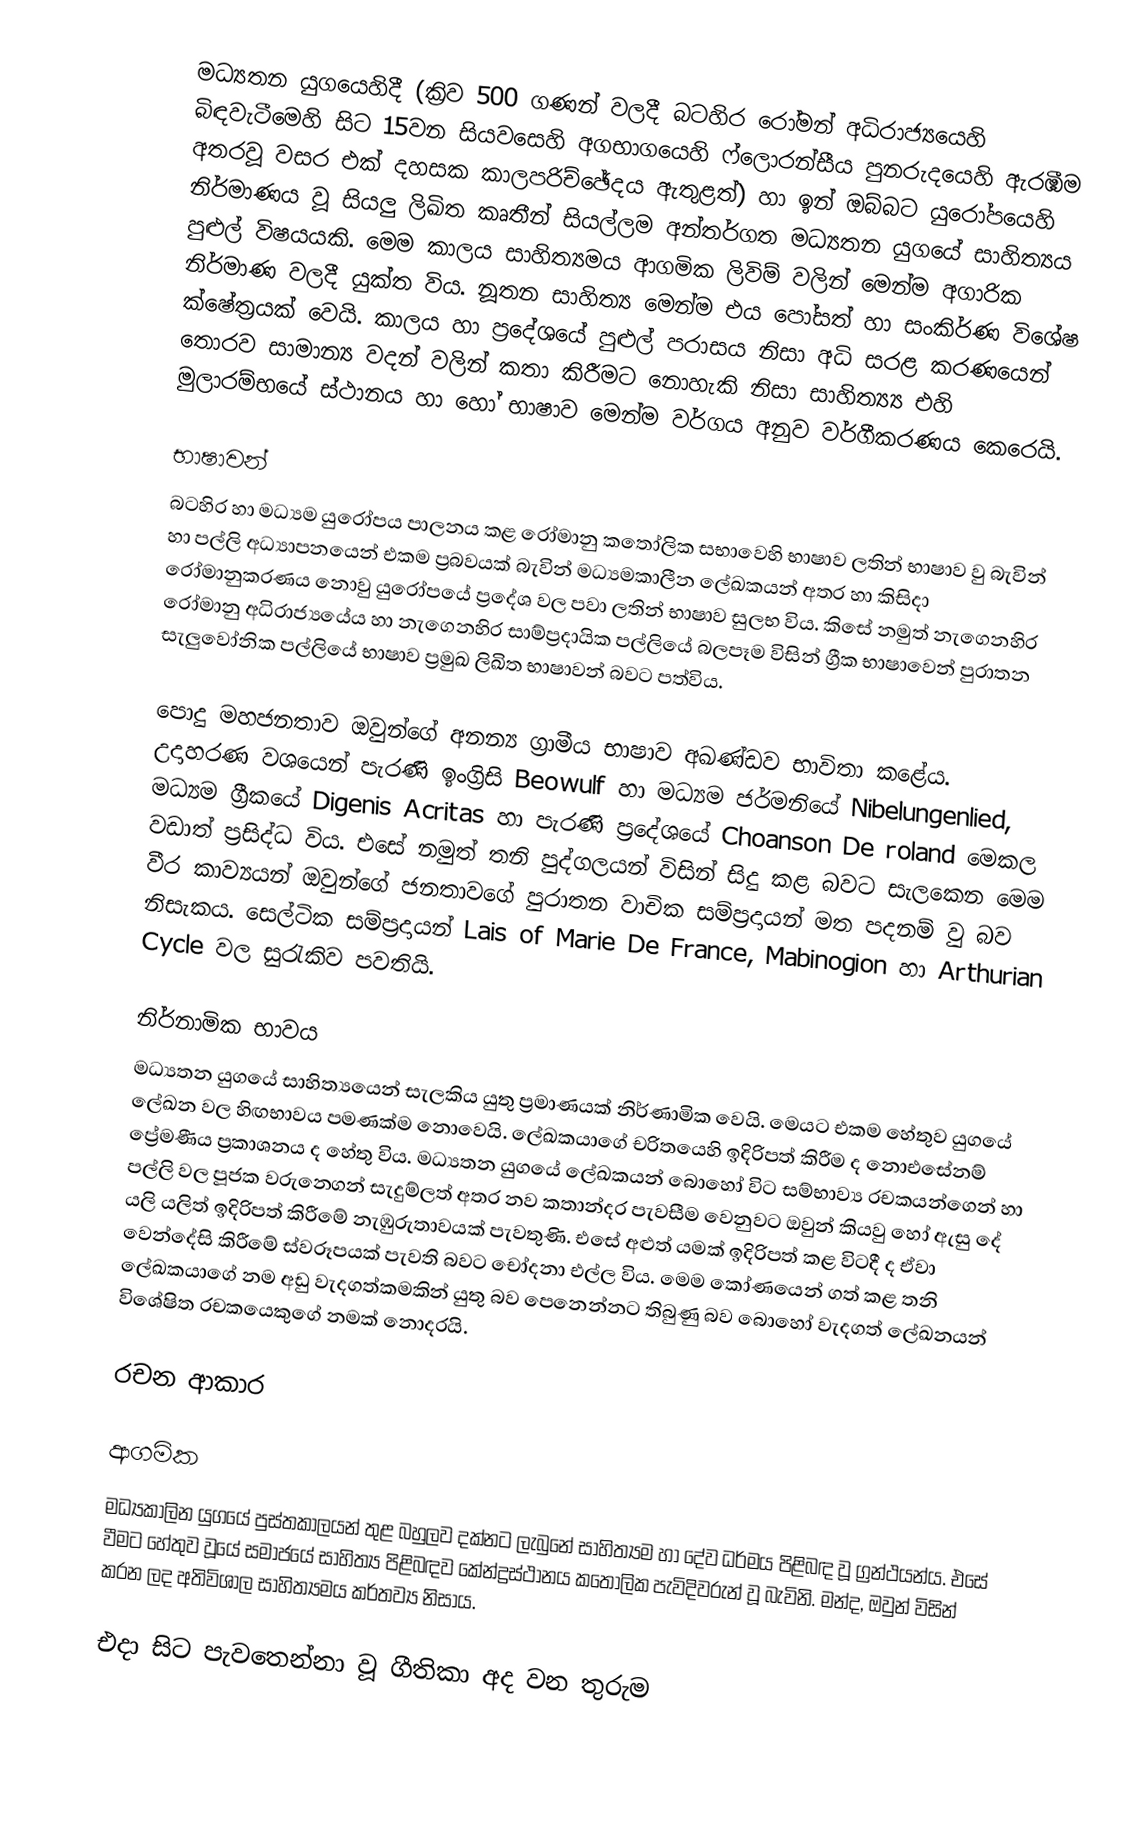
මධ්‍යතන යුගයෙහිදී (ක්‍රිව 500  ගණන් වලදී බටහිර රෝමන් අධිරාජ්‍යයෙහි බිඳවැටීමෙහි සිට 15වන සියවසෙහි අගභාගයෙහි ෆ්ලොරන්සීය පුනරුදයෙහි ඇරඹීම අතරවූ වසර එක් දහසක කාලපරිච්ඡේදය ඇතුළත්) හා ඉන් ඔබ්බට යුරෝපයෙහි නිර්මාණය වූ සියලු ‍ලිඛිත කෘතීන් සියල්ලම අන්තර්ගත මධ්‍යතන යුගයේ සාහිත්‍යය පුළුල් විෂයයකි.  මෙම කාලය සාහිත්‍යමය ආගමික ලිවිම් වලින් මෙන්ම අගාරික නිර්මාණ වලදී යුක්ත විය. නූතන සාහිත්‍ය මෙන්ම එය පෝසත් හා සංකිර්ණ විශේෂ ක්ෂේත්‍රයක් වෙයි. කාලය හා ප්‍රදේශයේ පුළුල් පරාසය නිසා අධි සරළ කරණයෙන් තොරව සාමාන්‍ය වදන් වලින් කතා කිරීමට නොහැකි නිසා සාහිත්‍ය්‍ය එහි මුලාරම්භයේ ස්ථානය හා හෝ භාෂාව‍ මෙන්ම වර්ගය අනුව වර්ගීකරණය කෙරෙයි.

භාෂාවන්
බටහිර හා මධ්‍යම යුරෝපය පාලනය කළ රෝමානු කතෝලික සභාවෙහි භාෂාව ලතින් භාෂාව වු බැවින් හා පල්ලි අධ්‍යාපනයෙන් එකම ප්‍රබවයක් බැවින් මධ්‍යමකාලීන ලේඛකයන් අතර හා කිසිදා රෝමානුකරණය නොවු යුරෝපයේ ප්‍රදේශ වල පවා ලතින් භාෂාව සුලභ විය. කිසේ නමුත් නැගෙනහිර රෝමානු අධිරාජ්‍යයේය හා නැගෙනහිර සාම්ප්‍රදායික පල්ලියේ බලපෑම විසින් ග්‍රීක භාෂාවෙන් පුරාතන සැලුවෝනික පල්ලියේ භාෂාව ප්‍රමුඛ ලිඛිත භාෂාවන් බවට පත්විය.

පොදු මහජනතාව ඔවුන්ගේ අනන්‍ය ග්‍රාමීය භාෂාව අඛණ්ඩව භාවිතා කළේය. උදාහරණ වශයෙන් පැරණි ඉංග්‍රිසි Beowulf හා‍ මධ්‍යම ජර්මනියේ Nibelungenlied, මධ්‍යම ග්‍රීකයේ Digenis Acritas හා පැරණි ප්‍රදේශයේ Choanson De roland මෙකල වඩාත් ප්‍රසිද්ධ විය. එසේ නමුත් තනි පුද්ගලයන් විසින් සිදු කළ බවට සැලකෙන මෙම වීර කාව්‍යයන් ඔවුන්ගේ  ජනතාවගේ පුරාතන වාචික සම්ප්‍රදායන් මත පදනම් වු බව නිසැකය. සෙල්ටික සම්ප්‍රදායන් Lais of Marie De France, Mabinogion හා Arthurian Cycle වල සුරැකිව පවතියි.

නිර්නාමික භාවය
මධ්‍යතන යුගයේ සාහිත්‍යයෙන් සැලකිය යුතු ප්‍රමාණයක් නිර්ණාමික වෙයි. මෙයට එකම හේතුව යුගයේ ලේඛන වල හිඟභාවය පමණක්ම නොවෙයි. ලේඛකයාගේ චරිතයෙහි ඉදිරිපත් කිරීම ද නොඑසේනම් ප්‍රේමණීය ප්‍රකාශනය ද හේතු විය. මධ්‍යතන යුගයේ ලේඛකයන් බොහෝ විට සම්භාව්‍ය රචකයන්ගෙන් හා පල්ලි වල පූජක වරුන‍්ගෙන් සැදුම්ලත් අතර නව කතාන්දර පැවසීම වෙනුවට ඔවුන් කියවු හෝ ඇසු දේ යලි යලිත් ඉදිරිපත් කිරීමේ නැඹුරුතාවයක් පැවතුණි. එසේ අළුත් යමක් ඉදිරිපත් කළ විටදී ද ඒවා වෙන්දේසි කිරීමේ ස්වරූපයක් පැවති බවට චෝදනා එල්ල විය. මෙම කෝණයෙන් ගත් කළ තනි ලේඛකයාගේ නම අඩු වැදගත්කමකින් යුතු බව පෙනෙන්නට තිබුණු බව බොහෝ වැදගත් ලේඛනයන් විශේෂිත රචකයෙකුගේ නමක් නොදරයි.

රචන ආකාර

ආගමික
මධ්‍යකාලින යුගයේ පුස්තකාලයන් තුළ බහුලව දක්නට ලැබුනේ සාහිත්‍යම හා දේව ධර්මය පිළිබඳ වූ ග්‍රන්ථයන්ය. එසේ වීමට හේතුව වූයේ සමාජයේ සාහිත්‍ය පිළිබඳව කේන්ද්‍රස්ථානය කතෝලික පැවිදිවරුන් වූ බැවිනි. මන්ද, ඔවුන් විසින් කරන ලද අතිවිශාල සාහිත්‍යමය කර්තව්‍ය නිසාය.

එදා සිට පැවතෙන්නා වූ ගීතිකා අද වන තුරුම